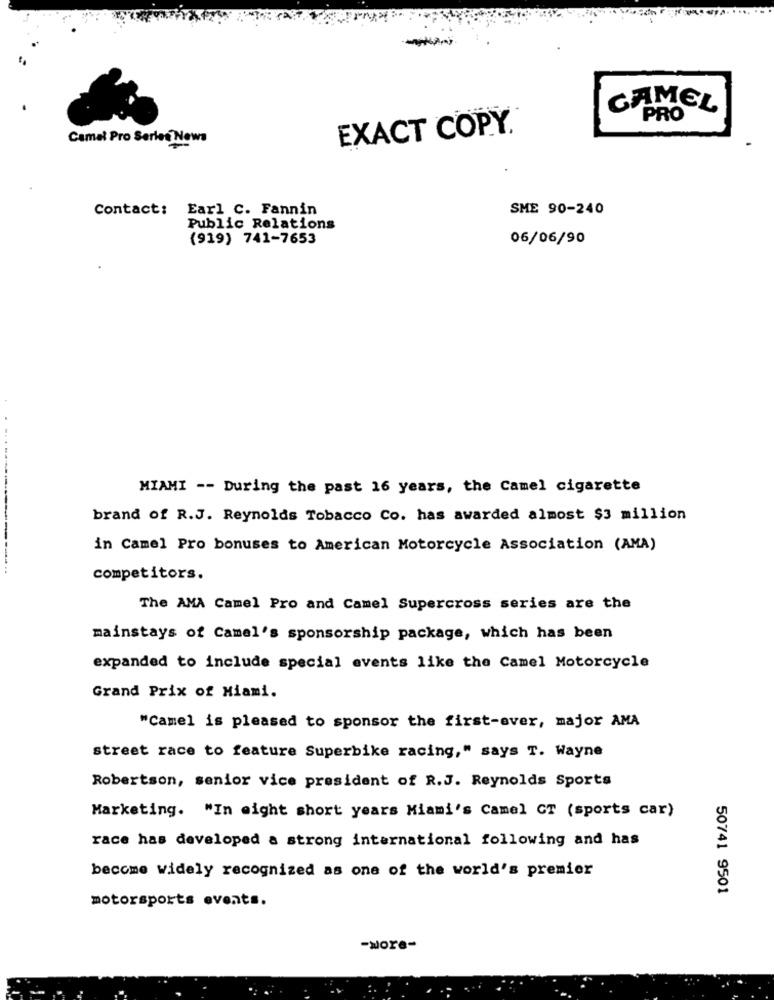
CAMEL
PRO
EXACT COPY.
Camel Pro Series News
Contact: Earl C. Fannin
SME 90-240
Public Relations
(919) 741-7653
06/06/90
MIAMI -- During the past 16 years, the Camel cigarette
brand of R.J. Reynolds Tobacco Co. has awarded almost $3 million
in Camel Pro bonuses to American Motorcycle Association (AMA)
competitors.
The AMA Camel Pro and Camel Supercross series are the
mainstays of Camel's sponsorship package, which has been
expanded to include special events like the Camel Motorcycle
Grand Prix of Miami.
"Camel is pleased to sponsor the first-ever, major AMA
street race to feature Superbike racing," says T. Wayne
Robertson, senior vice president of R.J. Reynolds Sports
Marketing. "In eight short years Miami's Camel CT (sports car)
race has developed a strong international following and has
become widely recognized as one of the world's premier
50741 9501
motorsports events.
-wore-